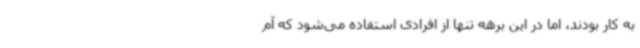
به کار بودند، اما در این برهه تنها از افرادی استفاده می‌شود که آم